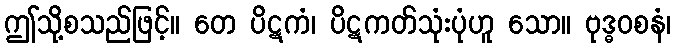
ဤသို့စသည်ဖြင့်။ တေ ပိဋကံ၊ ပိဋကတ်သုံးပုံဟူ သော။ ဗုဒ္ဓဝစနံ၊